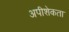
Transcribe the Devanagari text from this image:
अपीशेकता